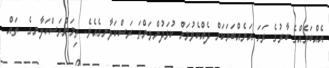
އެއްބަޔެއްގެ ބާރުގެ ރަހަ އަނެއްބަޔަކަށް ދެއްކެވުމަށް ކުޅަދުންވަންތަ ރަސްކަލާނގެއެވެ. ތިމަންރަސްކަލާނގެ  ތައް